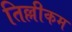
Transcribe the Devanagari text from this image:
तिल्लीकम